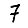
Digit: 7